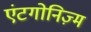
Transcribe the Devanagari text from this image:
एंटगोनिज़्म